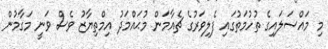
މި މައްސަލައިގެ ތުހުމަތުގައި ފެލިވަރުގެ ޗެއާމަން މުޙައްމަދު އިމްތިޔާޒު ވެސް ވަނީ މަގާމުން